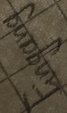
Text: Eingang